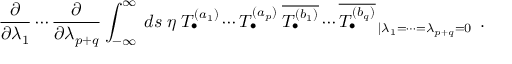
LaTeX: \frac { \partial } { \partial \lambda _ { 1 } } \cdots \frac { \partial } { \partial \lambda _ { p + q } } \int _ { - \infty } ^ { \infty } \: d s \: \eta \left. T _ { \bullet } ^ { ( a _ { 1 } ) } \cdots T _ { \bullet } ^ { ( a _ { p } ) } \: \overline { { { T _ { \bullet } ^ { ( b _ { 1 } ) } } } } \cdots \overline { { { T _ { \bullet } ^ { ( b _ { q } ) } } } } \right. _ { | \lambda _ { 1 } = \cdots = \lambda _ { p + q } = 0 } \; .